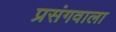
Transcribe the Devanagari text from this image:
प्रसंगवाला